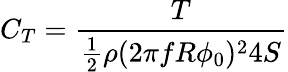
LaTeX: C_{T}=\frac{T}{\frac{1}{2}\rho(2\pi fR\phi_{0})^{2}4S}